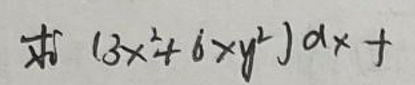
\[ \oint (3x^{2}+6xy^{2})dx + \]